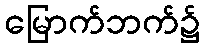
မြောက်ဘက်၌